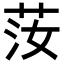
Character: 𦭰